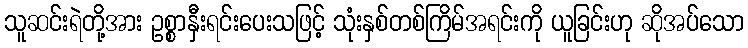
သူဆင်းရဲတို့အား ဥစ္စာနှီးရင်းပေးသဖြင့် သုံးနှစ်တစ်ကြိမ်အရင်းကို ယူခြင်းဟု ဆိုအပ်သော